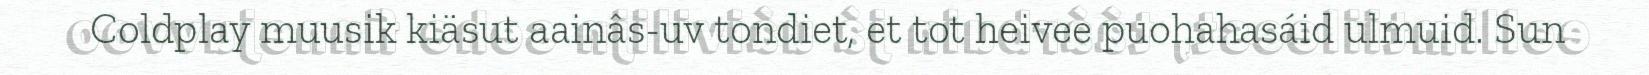
Coldplay muusik kiäsut aainâs-uv tondiet, et tot heivee puohahasáid ulmuid. Sun